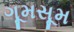
ગૂમસૂમ